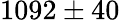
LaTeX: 1092\pm 40